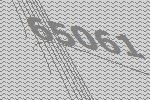
65061